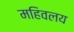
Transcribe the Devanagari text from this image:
महिवलय